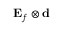
\ensuremath { \mathbf { E } _ { f } } \otimes \mathbf { d }